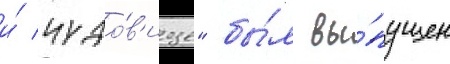
и́ чудо́в'ище" бы́л вы́пущен